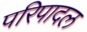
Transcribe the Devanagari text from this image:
परिपादल